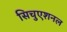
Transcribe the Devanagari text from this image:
सिचुएशनल